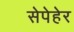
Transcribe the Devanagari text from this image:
सेपेहेर